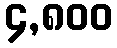
၄,၈၀၀